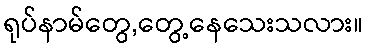
ရုပ်နာမ်တွေ,တွေ့နေသေးသလား။